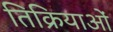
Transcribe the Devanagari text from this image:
तिक्रियाओं